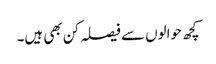
کچھ حوالوں سے فیصلہ کن بھی ہیں۔